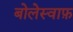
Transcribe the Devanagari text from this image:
बोलेस्वाफ़